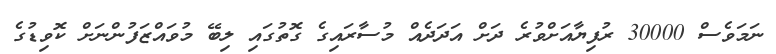
ނަމަވެސް 30000 ރުފިޔާއަށްވުރެ ދަށް އަދަދެއް މުސާރަައިގެ ގޮތުގައި ލިބޭ މުވައްޒަފުންނަށް ކޮވިޑުގެ